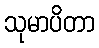
သုမာပိတာ